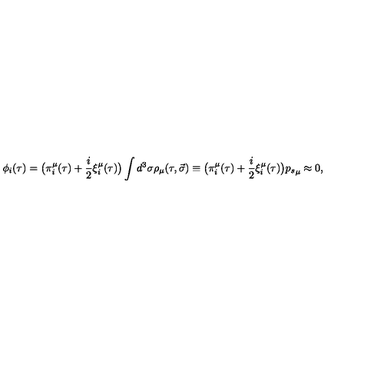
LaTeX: \phi _ { i } ( \tau ) = \big ( \pi _ { i } ^ { \mu } ( \tau ) + \frac i 2 \xi _ { i } ^ { \mu } ( \tau ) \big ) \int { d ^ { 3 } \sigma \rho _ { \mu } ( \tau , \vec { \sigma } ) \equiv \big ( \pi _ { i } ^ { \mu } ( \tau ) + \frac i 2 \xi _ { i } ^ { \mu } ( \tau ) \big ) { p _ { s } } _ { \mu } } \approx 0 ,